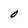
Character: O